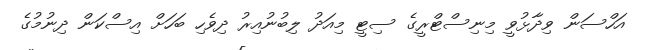
އަހްސަން ވިދާޅުވީ މިނިސްޓްރީގެ ސިޓީ މިއަދު ލިބުނުއިރު ދިވެހި ބަހަށް އިސްކަން ދިނުމުގެ